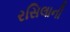
રસિલાની